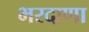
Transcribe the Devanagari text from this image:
भरदाणा